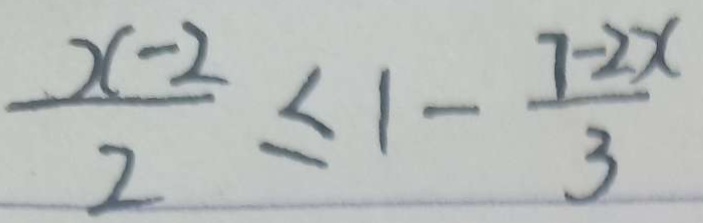
\frac { x - 2 } { 2 } \leq 1 - \frac { 7 - 2 x } { 3 }